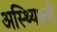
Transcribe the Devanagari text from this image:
अस्थ्यिक्ष्यी